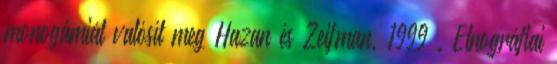
monogámiát valósít meg Hazan és Zeifman, 1999 . Etnográﬁai